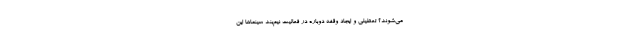
می‌شوند؟ تعطیلی و ایجاد وقفه دوباره در فعالیت نیم‌بند سینماها این